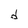
Character: d